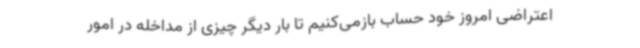
اعتراضی امروز خود حساب بازمی‌کنیم تا بار دیگر چیزی از مداخله در امور